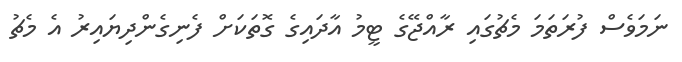
ނަމަވެސް ފުރަތަމަ މެޗުގައި ރާއްޖޭގެ ޓީމު އާދައިގެ ގޮތަކަށް ފެނިގެންދިޔައިރު އެ މެޗު